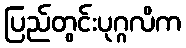
ပြည်တွင်းပုဂ္ဂလိက